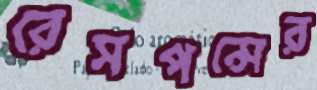
রেসপন্সের